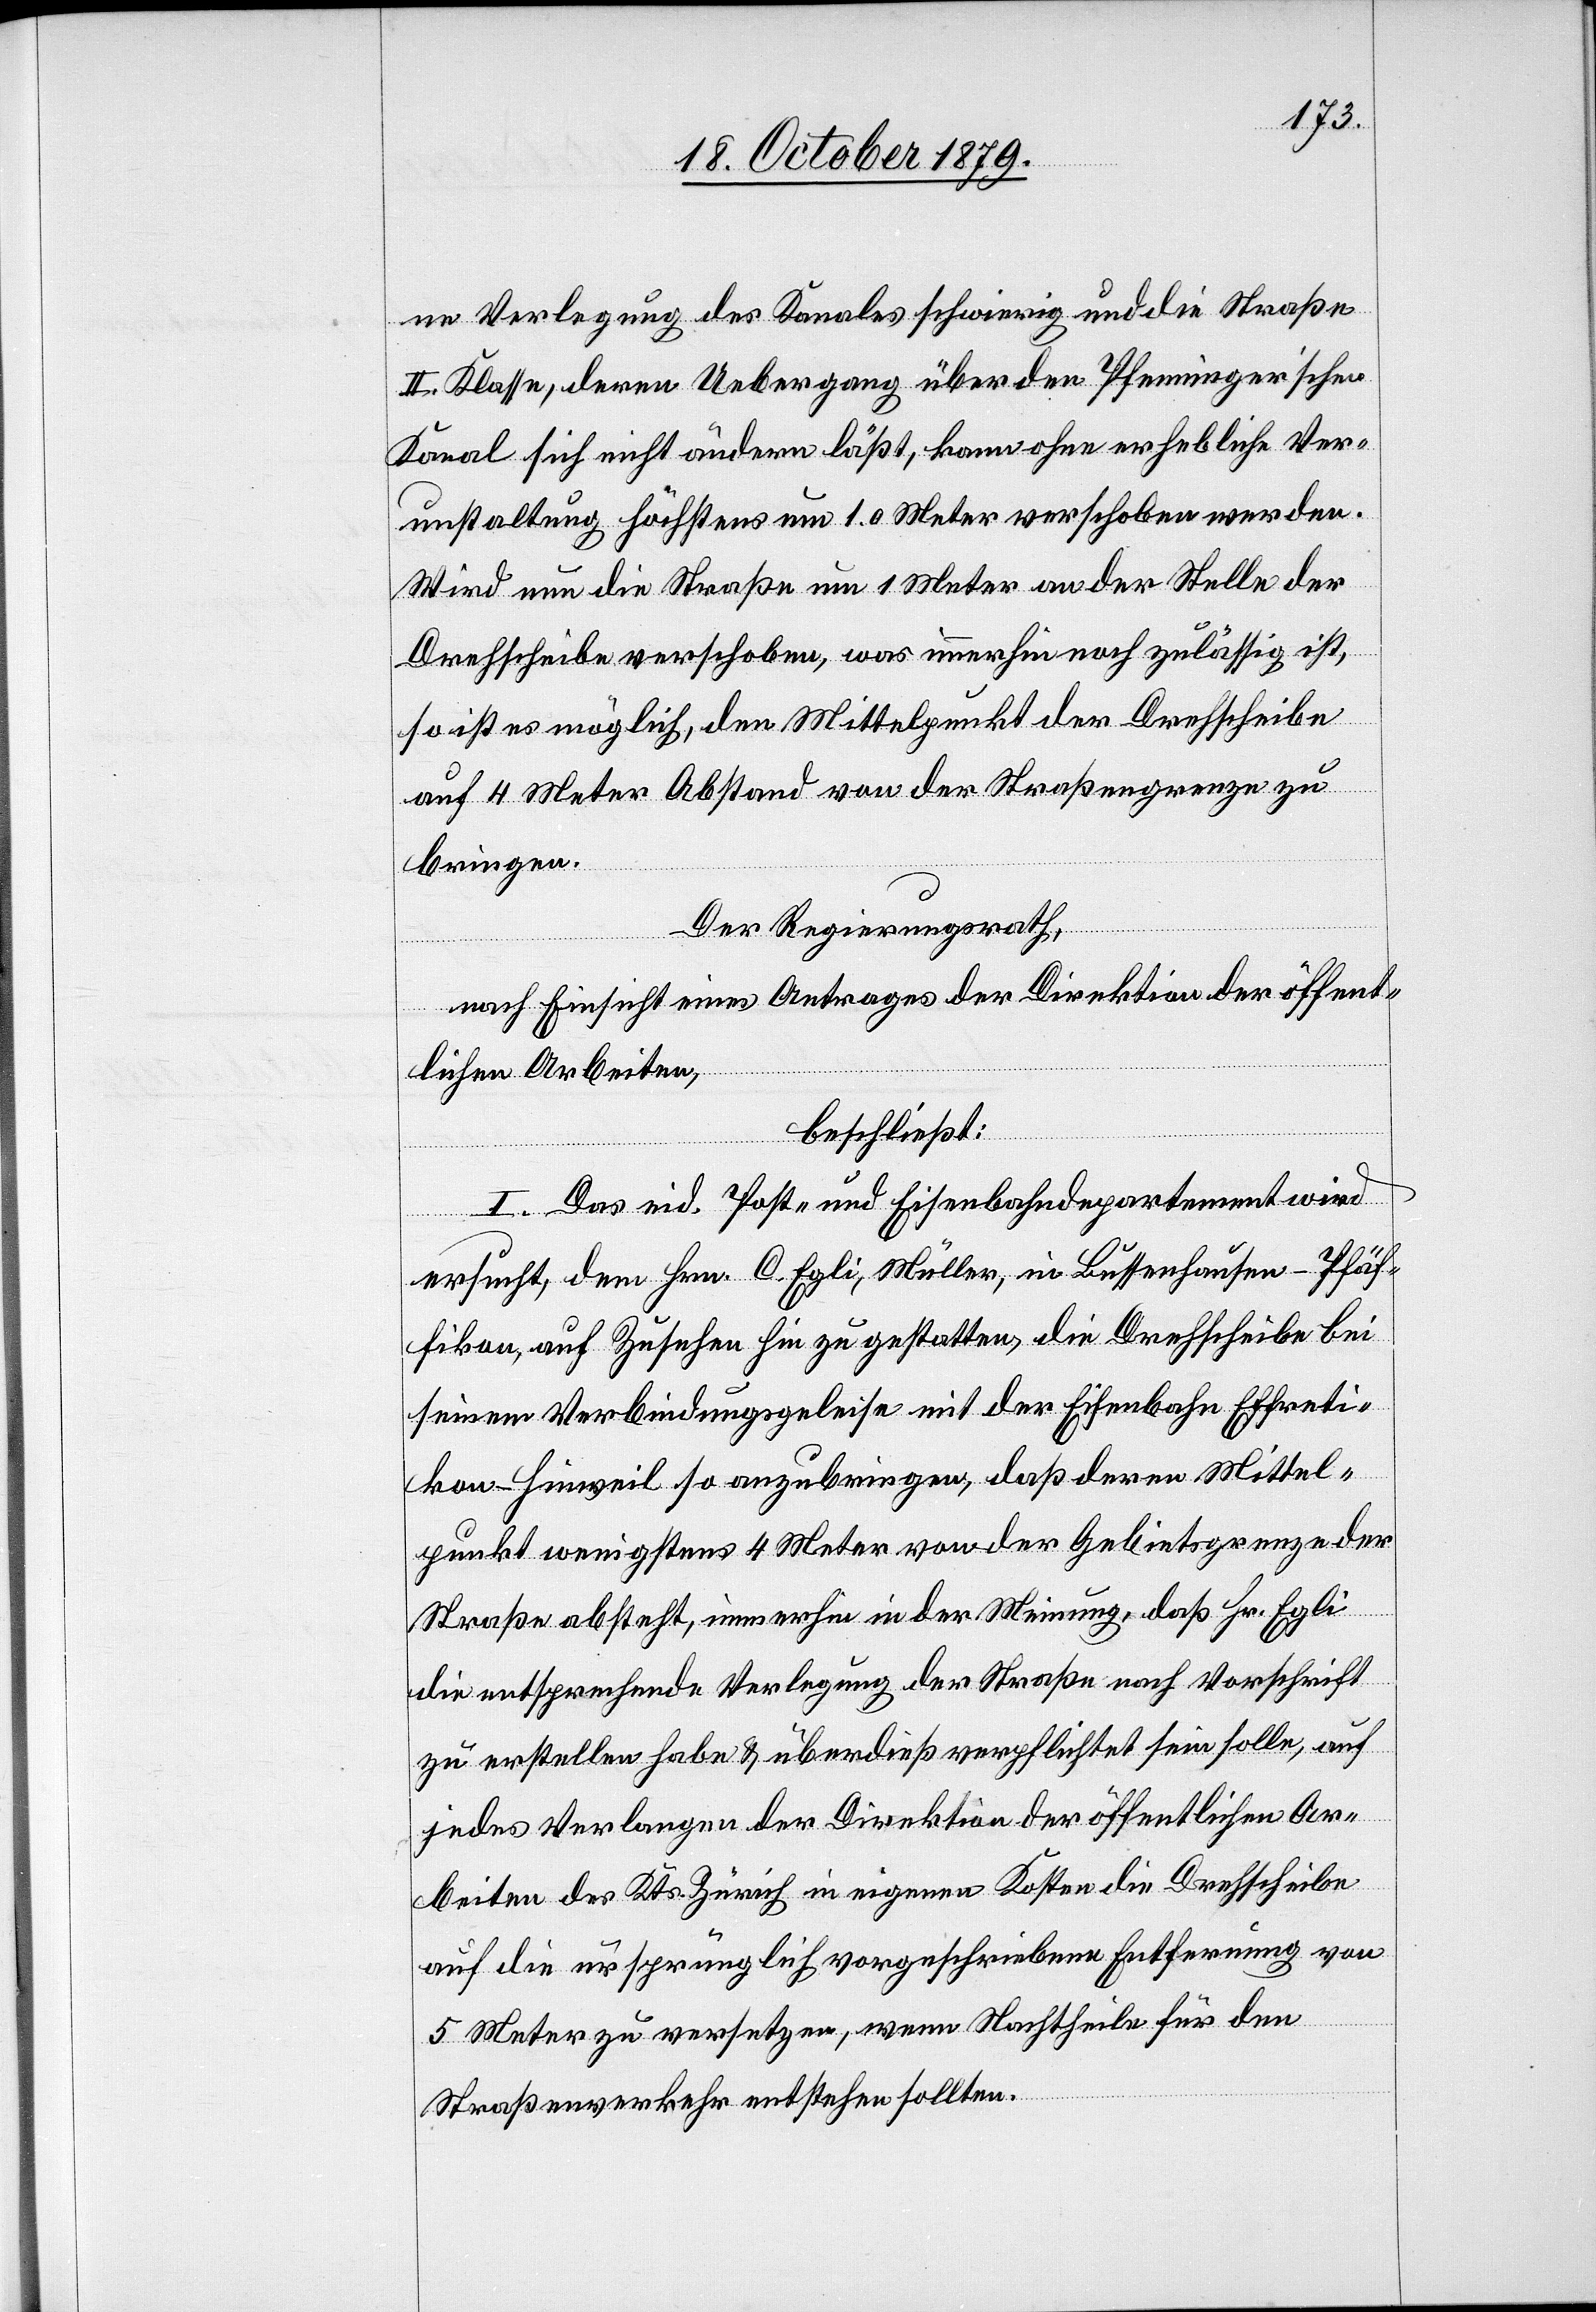
ne Verlegung des Kanales schwierig und die Straße
II. Klasse, deren Uebergang über den Pfenninger’schen
Kanal sich nicht ändern läßt, kann ohne erhebliche Ver¬
unstaltung höchstens um 1.0 Meter verschoben werden.
Wird nun die Straße um 1 Meter an der Stelle der
Drehscheibe verschoben, was immerhin noch zulässig ist,
so ist es möglich, den Mittelpunkt der Drehscheibe
auf 4 Meter Abstand von der Straßengrenze zu
bringen.
Der Regierungsrath,
nach Einsicht eines Antrages der Direktion der öffent¬
lichen Arbeiten,
beschließt:
I. Das eid. Post- & Eisenbahndepartement wird
ersucht, dem Hrn. C. Egli, Müller, in Bussenhausen - Pfäf¬
fikon, auf Zusehen hin zu gestatten, die Drehscheibe bei
seinem Verbindungsgeleise mit der Eisenbahn Effreti¬
kon–Hinweil so anzubringen, daß deren Mittel¬
punkt wenigstens 4 Meter von der Gebietsgrenze der
Straße absteht, immerhin in der Meinung, daß Hr. Egli
die entsprechende Verlegung der Straße nach Vorschrift
zu erstellen habe & überdieß verpflichtet sein solle, auf
jedes Verlangen der Direktion der öffentlichen Ar¬
beiten des Kts. Zürich in eigenen Kosten die Drehscheibe
auf die ursprünglich vorgeschriebene Entfernung von
5 Meter zu versetzen, wenn Nachtheile für den
Straßenverkehr entstehen sollten.